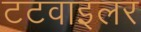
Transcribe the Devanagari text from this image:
टटवाइलर